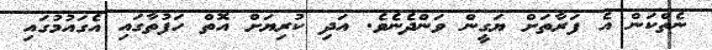
ނެތްކަން އެ ފަރާތަށް ޔަގީން ވަންދެނެވެ. އަދި ކުރިޔަށް އޮތް ހަފުތާގައި އެގައުމުގައި